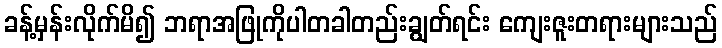
ခန့်မှန်းလိုက်မိ၍ ဘရာအဖြုကိုပါတခါတည်းချွတ်ရင်း ကျေးဇူးတရားများသည်